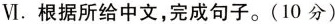
Ⅵ。根据所给中文，完成句子。(10分)